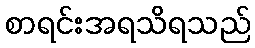
စာရင်းအရသိရသည်